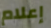
إعلام